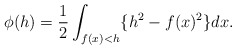
\begin{align*} \begin{aligned} \phi(h)=\frac{1}{2}\int_{f(x)<h}\{h^2-f(x)^2\}dx. \end{aligned} \end{align*}